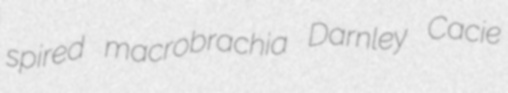
spired macrobrachia Darnley Cacie